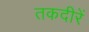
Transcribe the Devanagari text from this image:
तकदीरें